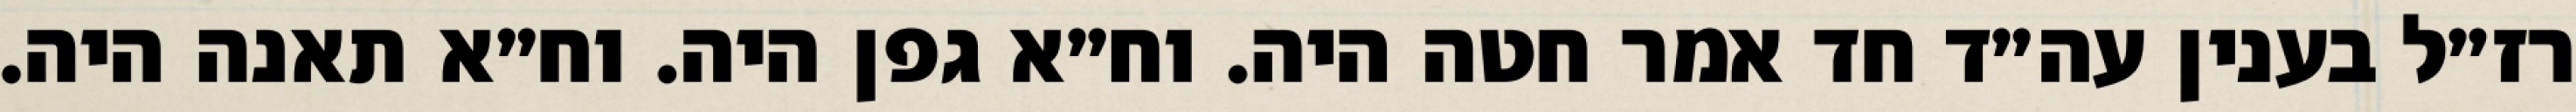
רז״ל בענין עה״ד חד אמר חטה היה. וח״א גפן היה. וח״א תאנה היה.